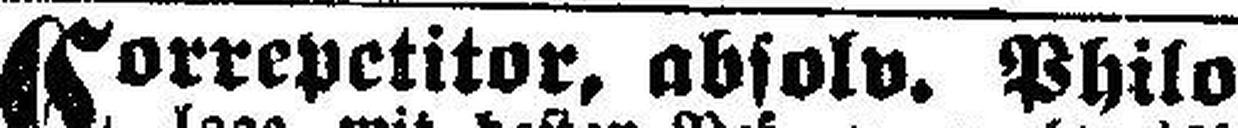
Correpetitor, absolv. Philo¬